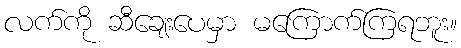
လက်ကို ဆီချေးပေမှာ မကြောက်ကြရဘူး။